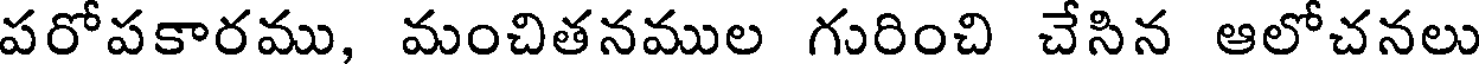
పరోపకారము, మంచితనముల గురించి చేసిన ఆలోచనలు